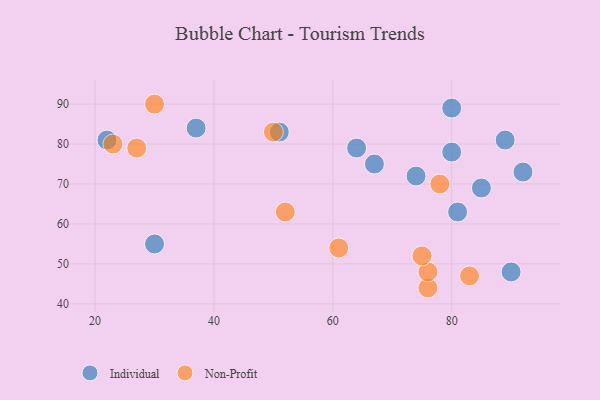
{"axis": {"x": "GDP", "y": "Life Expectancy"}, "legend": ["Individual", "Non-Profit"], "data": [{"x": "64", "y": 79, "type": "Individual"}, {"x": "22", "y": 81, "type": "Individual"}, {"x": "67", "y": 75, "type": "Individual"}, {"x": "37", "y": 84, "type": "Individual"}, {"x": "85", "y": 69, "type": "Individual"}, {"x": "74", "y": 72, "type": "Individual"}, {"x": "81", "y": 63, "type": "Individual"}, {"x": "51", "y": 83, "type": "Individual"}, {"x": "30", "y": 55, "type": "Individual"}, {"x": "90", "y": 48, "type": "Individual"}, {"x": "80", "y": 89, "type": "Individual"}, {"x": "80", "y": 78, "type": "Individual"}, {"x": "89", "y": 81, "type": "Individual"}, {"x": "92", "y": 73, "type": "Individual"}, {"x": "30", "y": 90, "type": "Non-Profit"}, {"x": "50", "y": 83, "type": "Non-Profit"}, {"x": "23", "y": 80, "type": "Non-Profit"}, {"x": "76", "y": 44, "type": "Non-Profit"}, {"x": "76", "y": 48, "type": "Non-Profit"}, {"x": "61", "y": 54, "type": "Non-Profit"}, {"x": "52", "y": 63, "type": "Non-Profit"}, {"x": "83", "y": 47, "type": "Non-Profit"}, {"x": "27", "y": 79, "type": "Non-Profit"}, {"x": "75", "y": 52, "type": "Non-Profit"}, {"x": "78", "y": 70, "type": "Non-Profit"}]}